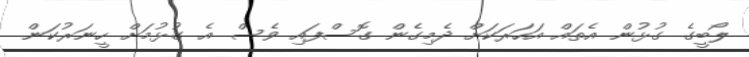
ލޯބީގެ ގުޅުން އެތައް އަހަރަކަށް ދެމިގެން ގޮސްފައި ވެސް އެ ގުޅުމަށް ހީނަރުކަން